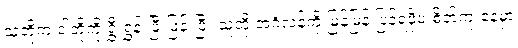
သူတို့က ငါတို့ကို ရွှီးရွှန်းဖြီးဖြန်းပြီး သူတို့ အင်္ဂလန်ကို မြန်မြန် ပြန်ရဖို့ပဲ စိတ်ကူးနေမှာ